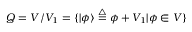
Q = V / V _ { 1 } = \{ | \phi \rangle \stackrel { \triangle } { = } \phi + V _ { 1 } | \phi \in V \}